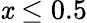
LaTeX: \mathit{x}\leq0.5